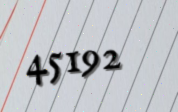
45192